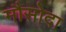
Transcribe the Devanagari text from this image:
मौसोदा